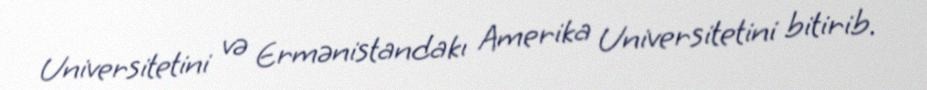
Universitetini və Ermənistandakı Amerika Universitetini bitirib.